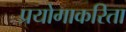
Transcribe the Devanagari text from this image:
प्रयोगाकरिता